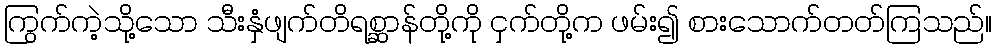
ကြွက်ကဲ့သို့သော သီးနှံဖျက်တိရစ္ဆာန်တို့ကို ငှက်တို့က ဖမ်း၍ စားသောက်တတ်ကြသည်။